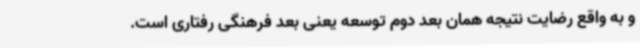
و به واقع رضایت نتیجه همان بعد دوم توسعه یعنی بعد فرهنگی رفتاری است.